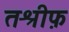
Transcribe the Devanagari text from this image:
तश्रीफ़